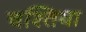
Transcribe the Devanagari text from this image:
चश्तिया